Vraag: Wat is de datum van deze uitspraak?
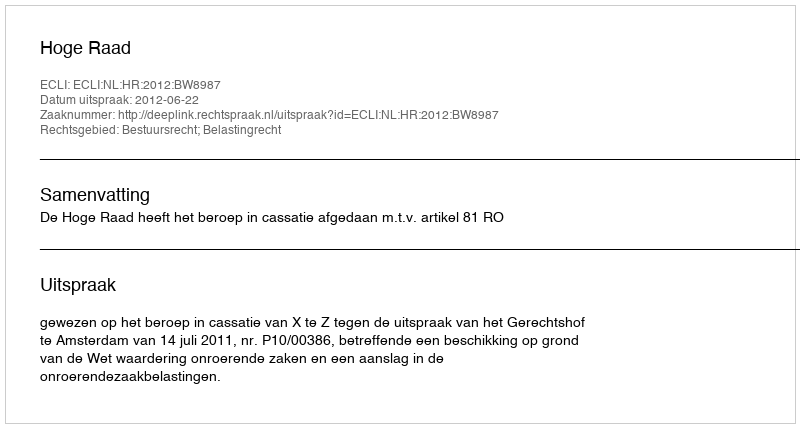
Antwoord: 2012-06-22